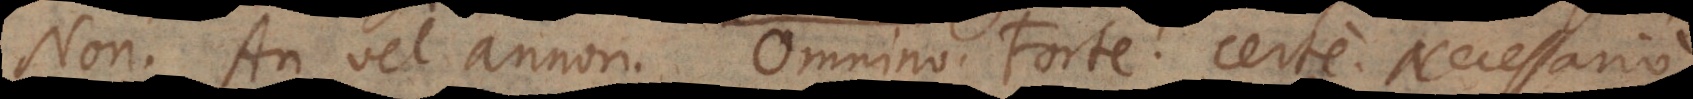
Non. An vel annon. Omnino. Forte. Certe. Necessario.